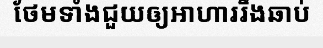
ថែមទាំងជួយឲ្យអាហាររឹងឆាប់